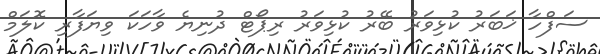
ސަފްހާ ޚަބަރު ކުޅިވަރު ބޭރު ކުޅިވަރު ރިޕޯޓް ދުނިޔެ ވާހަކަ ވިޔަފާރި ކޮލަމް